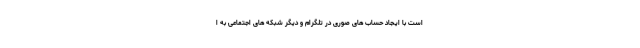
است با ایجاد حساب های صوری در تلگرام و دیگر شبکه های اجتماعی به ا